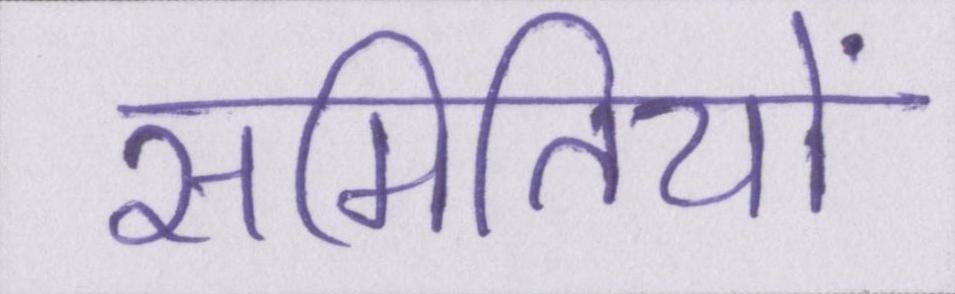
समितियों